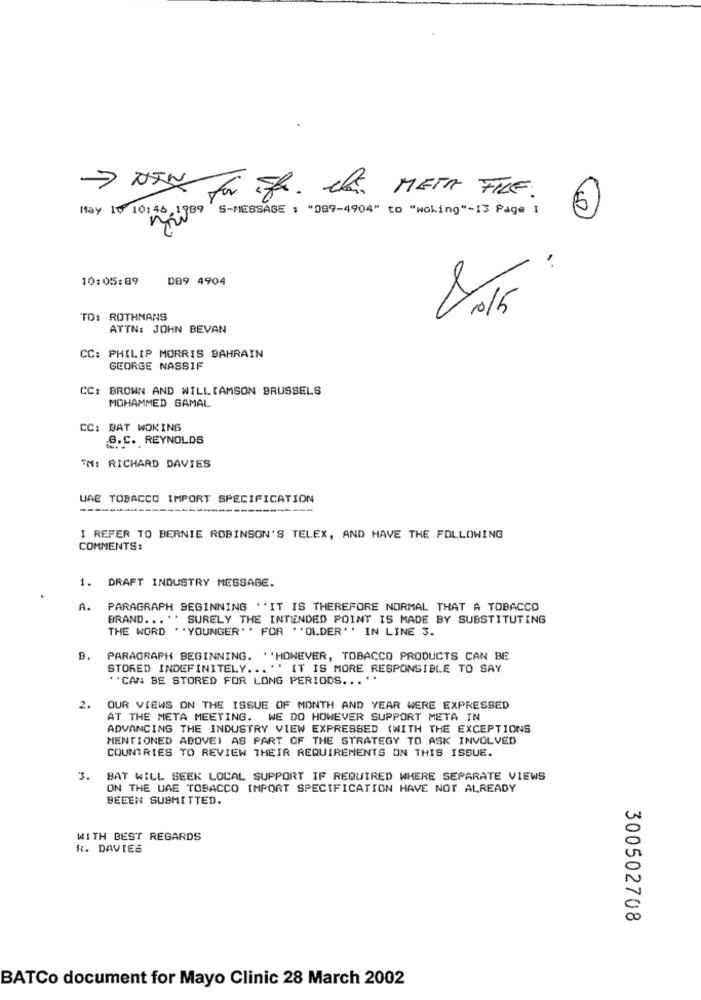
Wilgen Per EK. da META FILE.
May 10 10:46
9 S-MESSAGE : "089-4904" to "woking"-13 Page I
(0)
10:05:89
089 4904
TO: ROTHMANS
ATTN: JOHN BEVAN
CC: PHILIP MORRIS BAHRAIN
GEORGE NASSIF
CC: BROWN AND WILLIAMSON BRUSSELS
MOHAMMED GAMAL
CC: BAT WOKING
S.C. REYNOLDS
TM: RICHARD DAVIES
UAE TOBACCO IMPORT SPECIFICATION
=
I REFER TO BERNIE ROBINSON'S TELEX, AND HAVE THE FOLLOWING
COMMENTS:
1. DRAFT INDUSTRY MESSAGE.
A. PARAGRAPH BEGINNING ''IT IS THEREFORE NORMAL THAT A TOBACCO
BRAND ... '' SURELY THE INTENDED POINT IS MADE BY SUBSTITUTING
THE WORD .. YOUNGER'' FOR ''OLDER'' IN LINE 3.
B.
PARAGRAPH BEGINNING. "HOWEVER, TOBACCO PRODUCTS CAN BE
STORED INDEFINITELY ... '' IT IS MORE RESPONSIBLE TO SAY
** CAN BE STORED FOR LONG PERIODS ... "
2.
OUR VIEWS ON THE ISSUE OF MONTH AND YEAR WERE EXPRESSED
AT THE META MEETING. WE DO HOWEVER SUPPORT META IN
ADVANCING THE INDUSTRY VIEW EXPRESSED (WITH THE EXCEPTIONS
MENTIONED ABOVE) AS PART OF THE STRATEGY TO ASK INVOLVED
COUNTRIES TO REVIEW THEIR REQUIREMENTS ON THIS ISSUE.
3. BAT WILL SEEK LOCAL SUPPORT IF REQUIRED WHERE SEPARATE VIEWS
ON THE UAE TOBACCO IMPORT SPECIFICATION HAVE NOT ALREADY
BEDEN SUBMITTED.
WITH BEST REGARDS
R. DAVIES
300502708
BATCo document for Mayo Clinic 28 March 2002